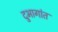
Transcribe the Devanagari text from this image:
दुभागांत